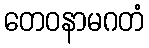
တေဝနာမဂတံ